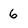
Character: 6